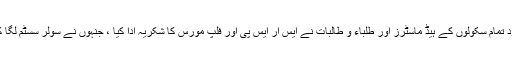
پروگرام میں موجود تمام سکولوں کے ہیڈ ماسٹرز اور طلباء و طالبات نے ایس آر ایس پی اور فلپ مورس کا شکریہ ادا کیا ، جنہوں نے سولر سسٹم لگا کر ان کی مد د کی۔